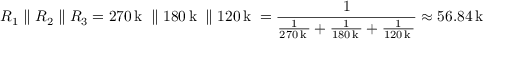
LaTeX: R _ { 1 } \parallel R _ { 2 } \parallel R _ { 3 } = 2 7 0 \, \mathrm { k \Omega } \parallel 1 8 0 \, \mathrm { k \Omega } \parallel 1 2 0 \, \mathrm { k \Omega } = { \frac { 1 } { { \frac { 1 } { 2 7 0 \, \mathrm { k \Omega } } } + { \frac { 1 } { 1 8 0 \, \mathrm { k \Omega } } } + { \frac { 1 } { 1 2 0 \, \mathrm { k \Omega } } } } } \approx 5 6 . 8 4 \, \mathrm { k \Omega }